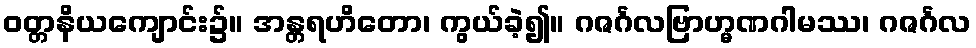
ဝတ္တနိယကျောင်း၌။ အန္တရဟိတော၊ ကွယ်ခဲ့၍။ ဂဇင်္ဂလဗြာဟ္မဏဂါမဿ၊ ဂဇင်္ဂလ